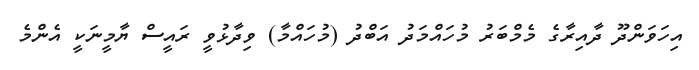
އިހަވަންދޫ ދާއިރާގެ މެމްބަރު މުހައްމަދު އަބްދު (މުހައްމާ) ވިދާޅުވީ ރައީސް ޔާމީނަކީ އެންމެ